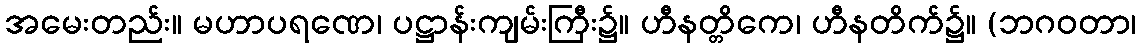
အမေးတည်း။ မဟာပရဏေ၊ ပဋ္ဌာန်းကျမ်းကြီး၌။ ဟီနတ္တိကေ၊ ဟီနတိက်၌။ (ဘဂဝတာ၊